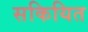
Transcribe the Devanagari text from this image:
सकियित